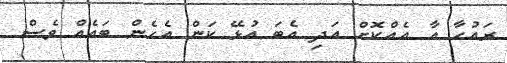
ރައުހާ އާ އެއްކޮށް އަދި އެބަ އުޅޭ ކަން އެހެން ބައެއް ވެސް